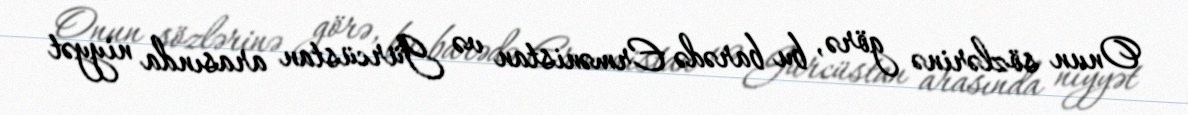
Onun sözlərinə görə, bu barədə Ermənistan və Gürcüstan arasında niyyət